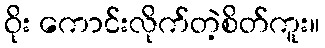
ဝိုး ကောင်းလိုက်တဲ့စိတ်ကူး။